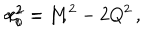
\alpha _ { i } ^ { 2 } = 1 \, , \hspace { 1 c m } r _ { 0 } ^ { 2 } = M ^ { 2 } - 2 Q ^ { 2 } \, ,